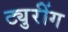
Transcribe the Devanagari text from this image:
ट्युरींग